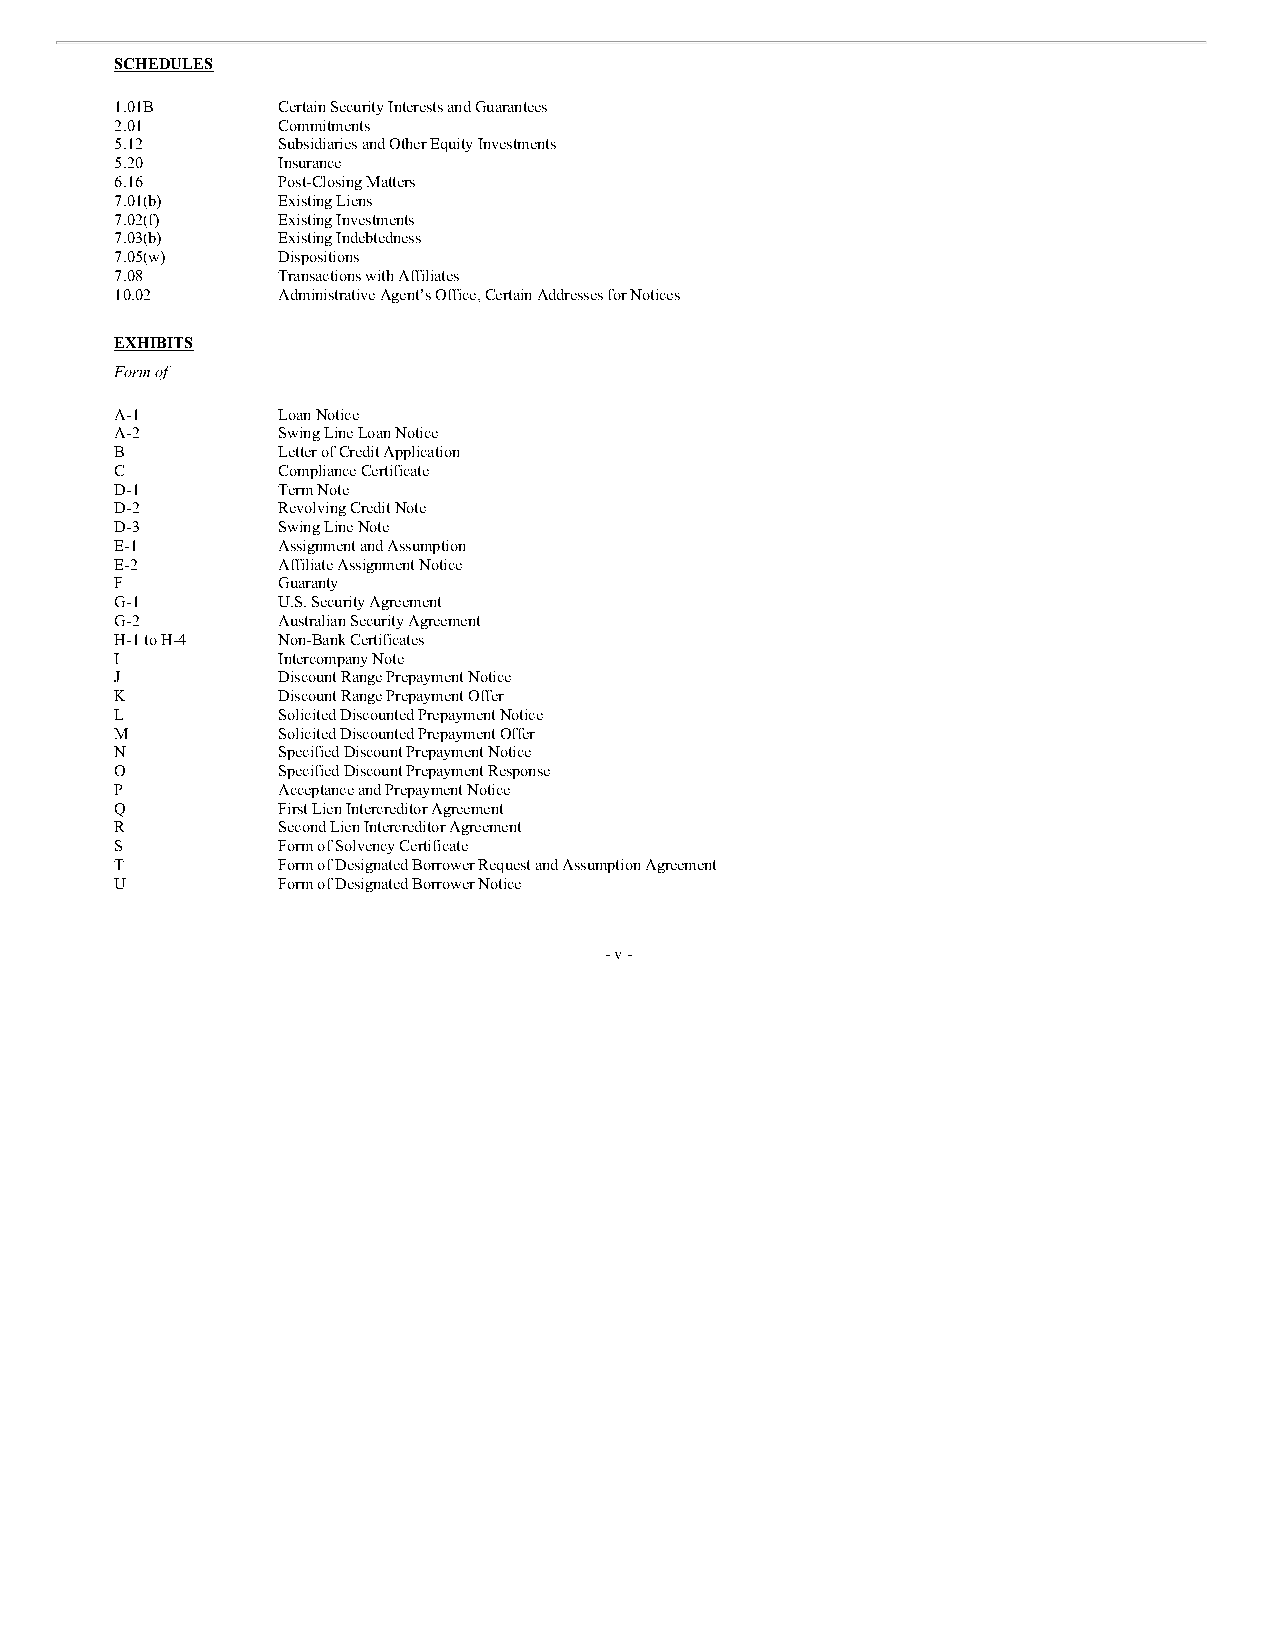
SCHEDULES
 1.01B     Certain Security Interests and Guarantees
 2.01      Commitments
 5.12      Subsidiaries and Other Equity Investments
 5.20      Insurance
 6.16      Post-Closing Matters
 7.01(b)   Existing Liens
 7.02(f)   Existing Investments
 7.03(b)   Existing Indebtedness
 7.05(w)   Dispositions
 7.08      Transactions with Affiliates
 10.02     Administrative Agent’s Office, Certain Addresses for Notices
 EXHIBITS
 Form of
 A-1       Loan Notice
 A-2       Swing Line Loan Notice
 B         Letter of Credit Application
 C         Compliance Certificate
 D-1       Term Note
 D-2       Revolving Credit Note
 D-3       Swing Line Note
 E-1       Assignment and Assumption
 E-2       Affiliate Assignment Notice
 F         Guaranty
 G-1       U.S. Security Agreement
 G-2       Australian Security Agreement
 H-1 to H-4 Non-Bank Certificates
 I         Intercompany Note
 J         Discount Range Prepayment Notice
 K         Discount Range Prepayment Offer
 L         Solicited Discounted Prepayment Notice
 M         Solicited Discounted Prepayment Offer
 N         Specified Discount Prepayment Notice
 O         Specified Discount Prepayment Response
 P         Acceptance and Prepayment Notice
 Q         First Lien Intercreditor Agreement
 R         Second Lien Intercreditor Agreement
 S         Form of Solvency Certificate
 T         Form of Designated Borrower Request and Assumption Agreement
 U         Form of Designated Borrower Notice
 - v -